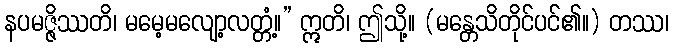
နပမဇ္ဇိဿတိ၊ မမေ့မလျော့လတ္တံ့။” ဣတိ၊ ဤသို့။ (မန္တေသိတိုင်ပင်၏။) တဿ၊